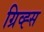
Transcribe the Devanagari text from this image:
ग्रिव्ह्स